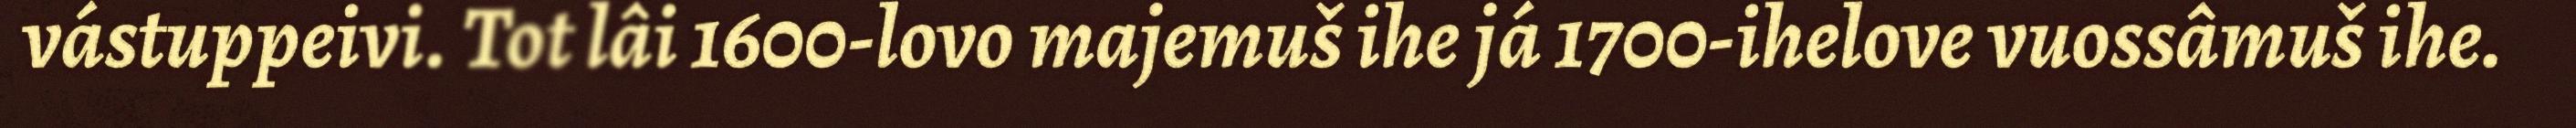
vástuppeivi. Tot lâi 1600-lovo majemuš ihe já 1700-ihelove vuossâmuš ihe.